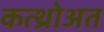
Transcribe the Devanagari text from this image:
कत्थ्रोअत